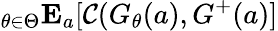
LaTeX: _{\theta\in\Theta}\mathbf{E}_{a}[\mathcal{C}(G_{\theta}(a),G^{+}(a)]